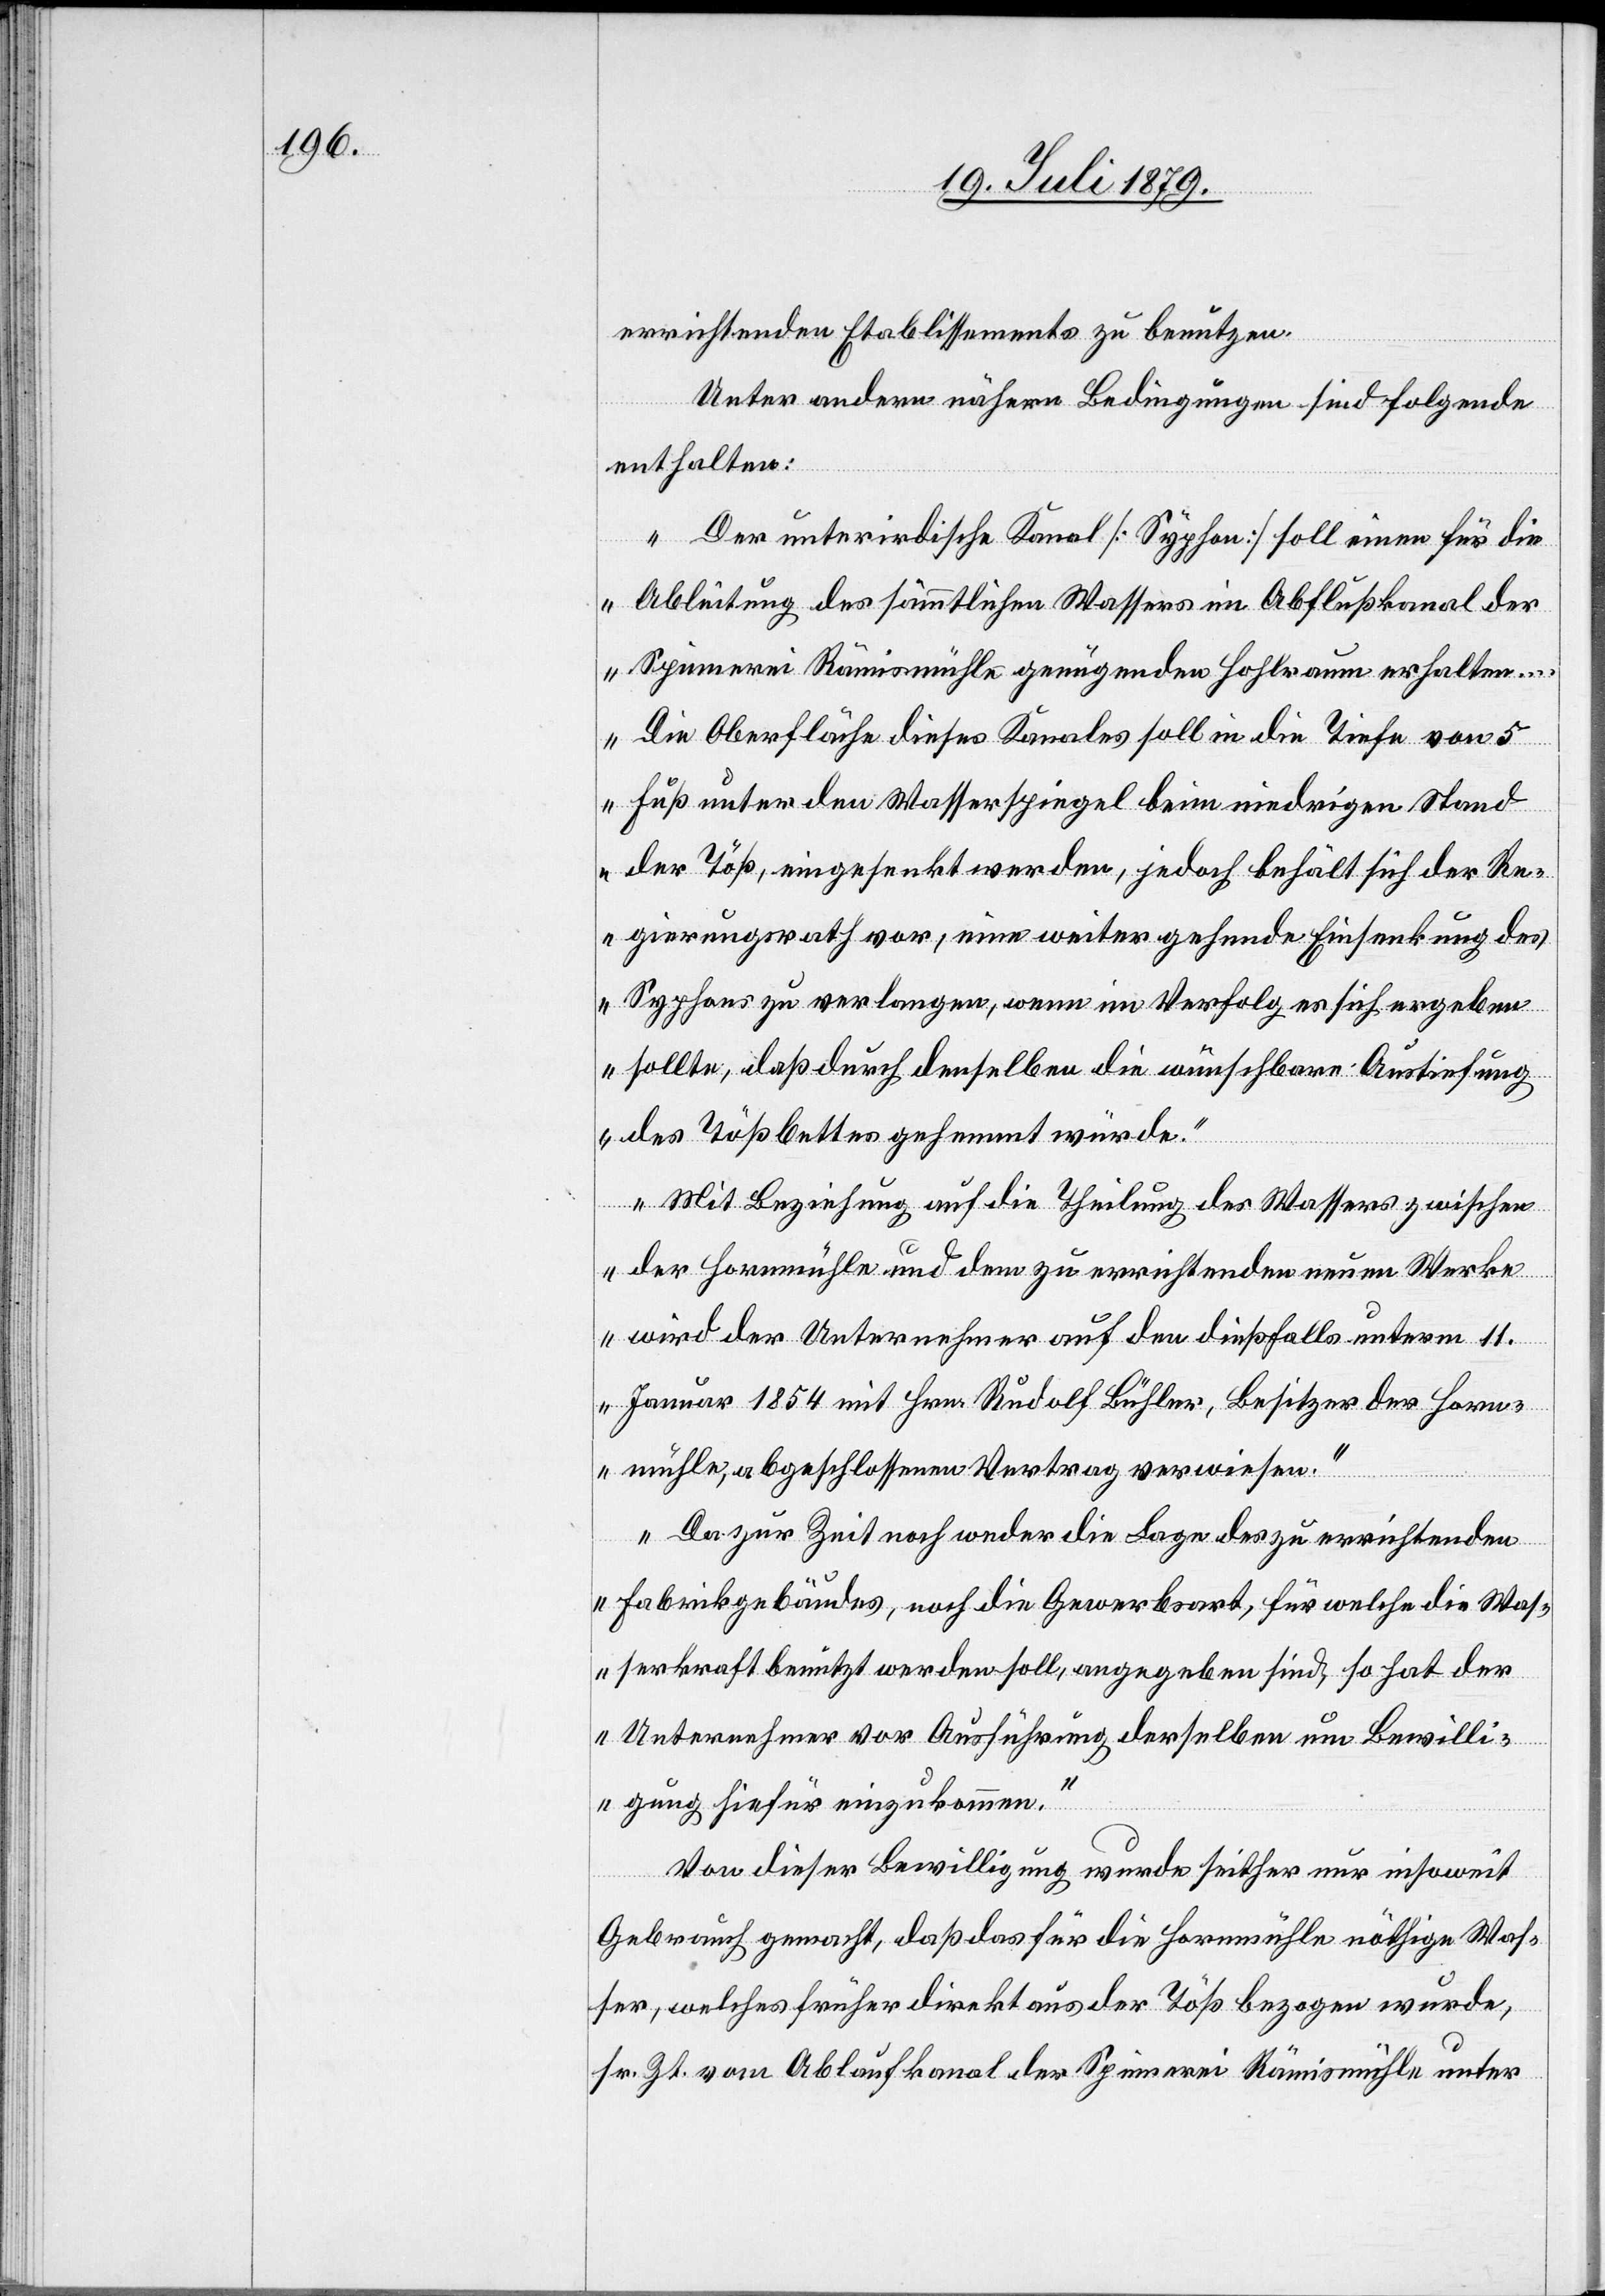
errichtenden Etablissements zu benutzen.
Unter andern nähern Bedingungen sind folgende
enthalten:
„Der unterirdische Kanal [Syphon] soll eine für die
Ableitung des sämmtlichen Wassers im Abflußkanal der
Spinnerei Rämismühle genügenden Hohlraum erhalten …
Die Oberfläche dieses Kanales soll in die Tiefe von 5
Fuß unter den Wasserspiegel beim niedrigen Stand
der Töß, eingesenkt werden, jedoch behält sich der Re¬
gierungsrath vor, eine weiter gehende Einsenkung des
Syphons zu verlangen, wenn im Verfolg es sich ergeben
sollte, daß durch denselben die wünschbare Austiefung
des Tößbettes gehemmt würde.
Mit Beziehung auf die Theilung des Wassers zwischen
der Hornmühle und dem zu errichtenden neuen Werke
wird der Unternehmer auf den dießfalls unterm 11.
Januar 1854 mit Hrn. Rudolf Bühler, Besitzer der Horn¬
mühle, abgeschlossene Vertrag verwiesen.
Da zur Zeit noch weder die Lage des zu errichtenden
Fabrikgebäudes, noch die Gewerbsart, für welche die Was¬
serkraft benützt werden soll, angegeben sind, so hat der
Unternehmer vor Ausführung derselben um Bewilli¬
gung hiefür einzukommen.“
Von dieser Bewilligung wurde seither nur insoweit
Gebrauch gemacht, das das für die Hornmühle nöthige Was¬
ser, welches früher direkt aus der Töß bezogen wurde,
sr. Zt. vom Ablaufkanal der Spinnerei Rämismühle unter